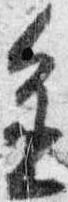
進